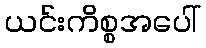
ယင်းကိစ္စအပေါ်